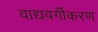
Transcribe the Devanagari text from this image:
वाद्यवर्गीकरण